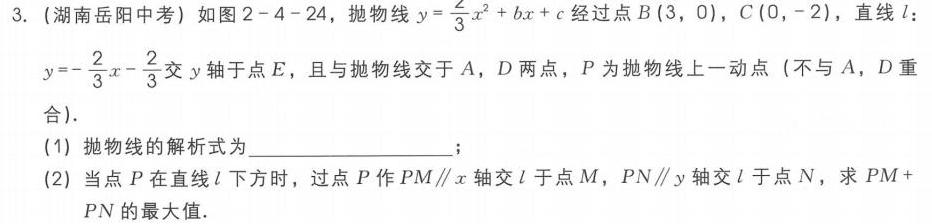
3. (湖南岳阳中考) 如图2 - 4 - 24，抛物线\(y = \frac{2}{3}x^{2}+bx + c\)经过点\(B(3,0)\)，\(C(0, - 2)\)，直线\(l\)：\(y =-\frac{2}{3}x-\frac{2}{3}\)交\(y\)轴于点\(E\)，且与抛物线交于\(A\)，\(D\)两点，\(P\)为抛物线上一动点 (不与\(A\)，\(D\)重合).
(1) 抛物线的解析式为________________；
(2) 当点\(P\)在直线\(l\)下方时，过点\(P\)作\(PM\parallel x\)轴交\(l\)于点\(M\)，\(PN\parallel y\)轴交\(l\)于点\(N\)，求\(PM + PN\)的最大值.